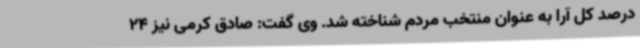
درصد کل آرا به عنوان منتخب مردم شناخته شد. وی گفت: صادق کرمی نیز 24